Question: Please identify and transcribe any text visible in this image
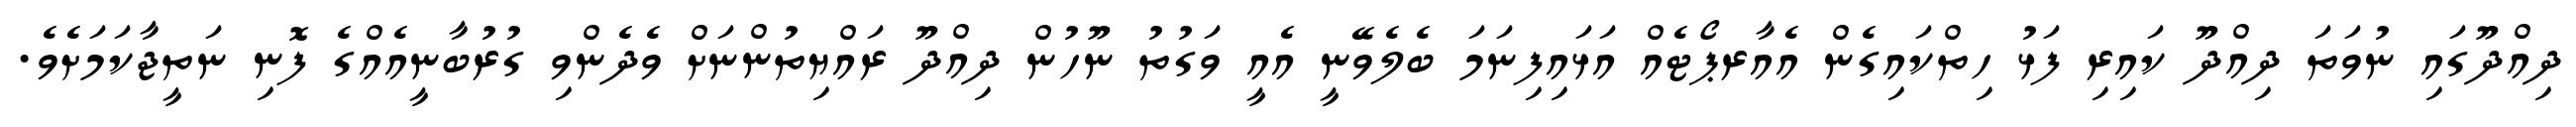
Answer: ދިއްދޫގައި ނުވަތަ ދިއްދޫ ކައިރި ފަޅު ހިތްކައިގެން އެއާރޕޯޓެއް އަޅައިފިނަމަ ބެލެވޭނީ އެއީ ވަގުތު ނޫހުން ދިއްދޫ ރައްޔިތުންނަށް ވެދެންވި ގުރުބާނީއެއްގެ ފޮނި ނަތީޖާކަމަށެވެ.